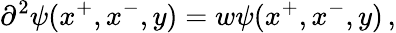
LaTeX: \partial^{2}\psi(x^{+},x^{-},y)=w\psi(x^{+},x^{-},y)\, ,